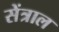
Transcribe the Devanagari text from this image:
सेंत्राल